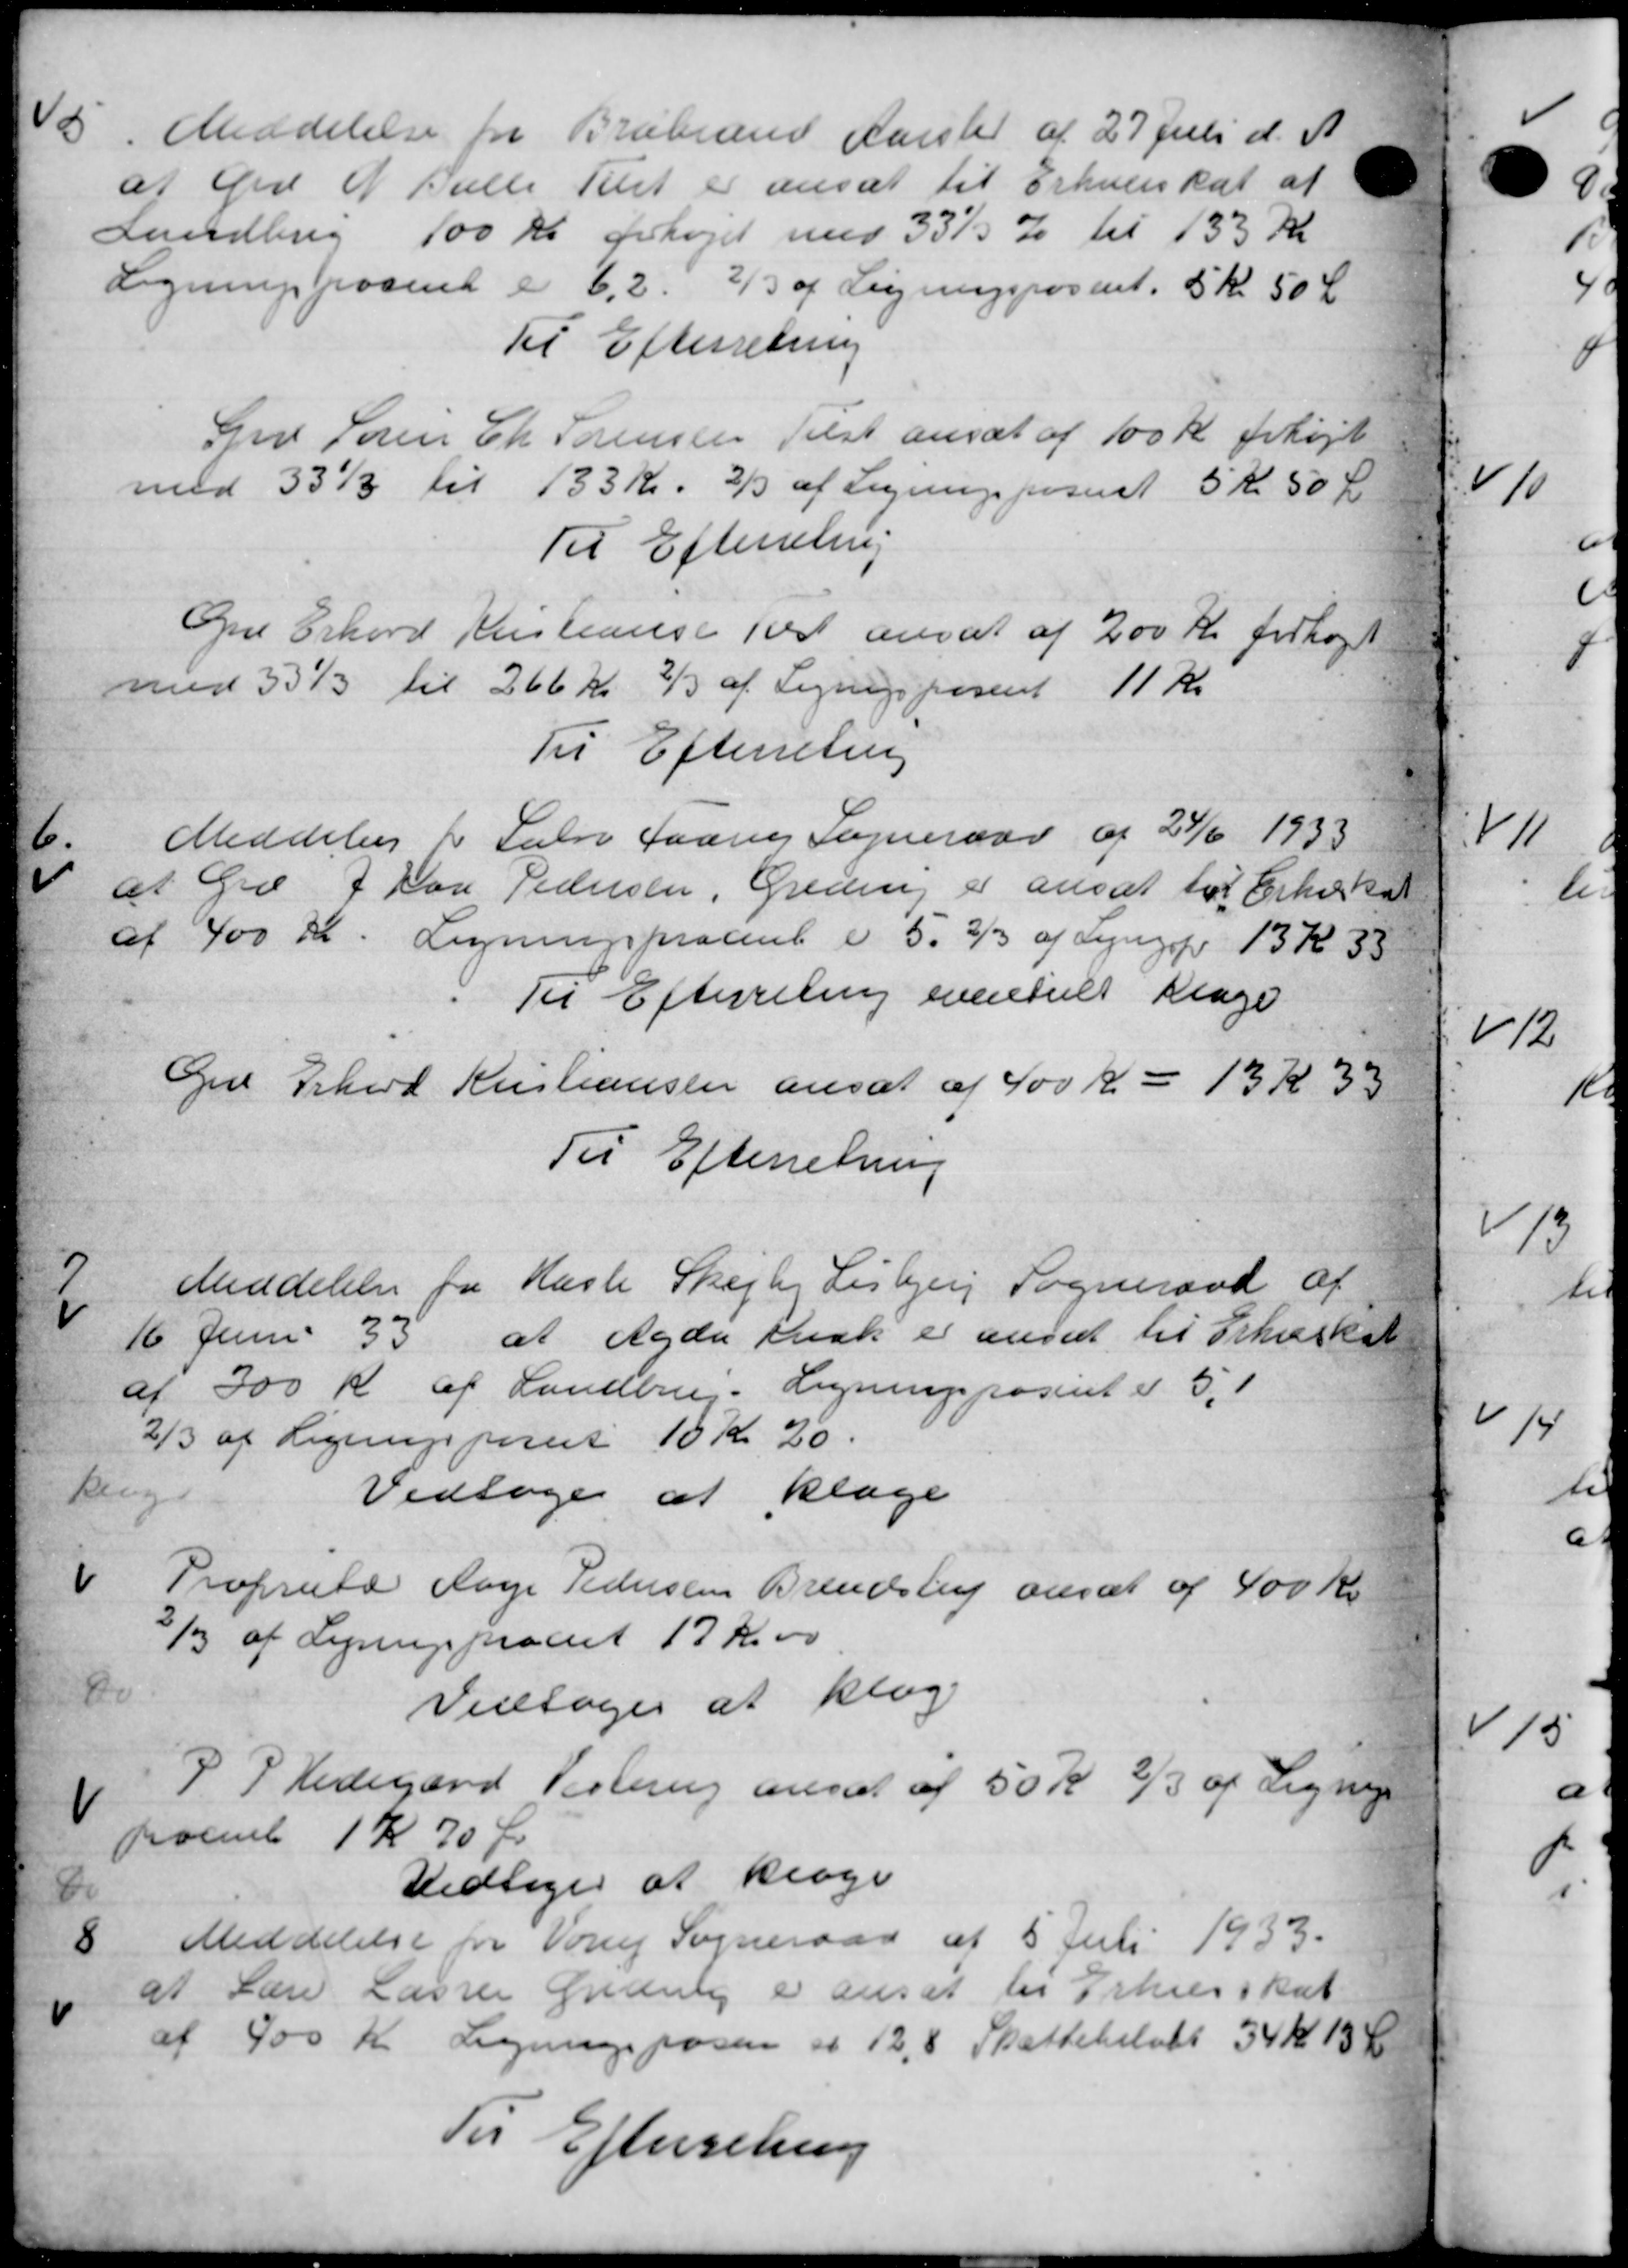
Transskription:
15.
Meddelelse fra Brabrand Aarslev af 27 Juli d. A
at Grd N Balle Tilst er ansat til Erhvervsskat af
Landbrug 100 Kr forhøjet med 33½ % til 133 Kr
Ligningsprocent e 6,2. 2/3 af Ligningsposent 5 Kr. 50 Ør
Til Efterretning
Grd Søren Chr Sørensen Tilst ansat af 100 Kr forhøjet
med 331 til 133 Kr. 2/3 af Ligningsposust 5 Kr. 50 Øre
Til Efterretning
Gr Erhard Kristense Teest ansat af 200 Kr forhøjet
med 331 til 266 Kr. 2/3 af Ligningspasset 11 Kr.
Til Efterretning

Meddeles i Salve faar Sogneraad af 24/6 1933
at Grd J Han Pedersen, Greding er ansat for Erhvervst
af 400 Kr. Ligningsprocent i 5. 2/3 af Lyngsfr 13 Kr. 33
Til Efterretning eventuet Klage
Grd Erhard Kristiansen ansat af 400 Kr - 13 Kr 30
Til Efterretning
7
Meddelelse fra Hasle Skejby Lisbjerg Sogneraad af
16 Juni 33 at agde man er ansat til Erkeskat
af 300 Kr af Landbrug. Ligningspaseret er 5,1
2/3 af Ligningsparet 10 Kr 20.
Reng
Vedtoges at klage
Proprietær Aage Pedersen Brendstup ansat af 400 Kr.
3/3 af Ligningsproceet 17 Kr. 00
Do
Vedtoges at klag
P. P. Hedegaard Vesterup ansat af 50 Kr. 2/3 af Ligning
poeml 1 Kr 70 Øre
Do
Vedtoges at klage
8
Meddelelse fra Vorup Sogneraad af 5 Juli 1933.
at Lære Lasser Graaby er ansat til Erhverskat
af 400 Kr. Ligningsposen af 12,8 Skattebeløb 34 Kr 13 Ø
Til Efterretning